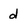
Character: d